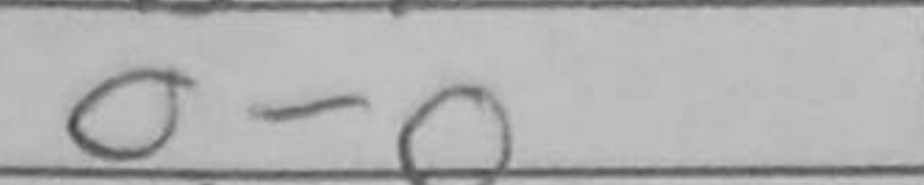
Transcription: O-O